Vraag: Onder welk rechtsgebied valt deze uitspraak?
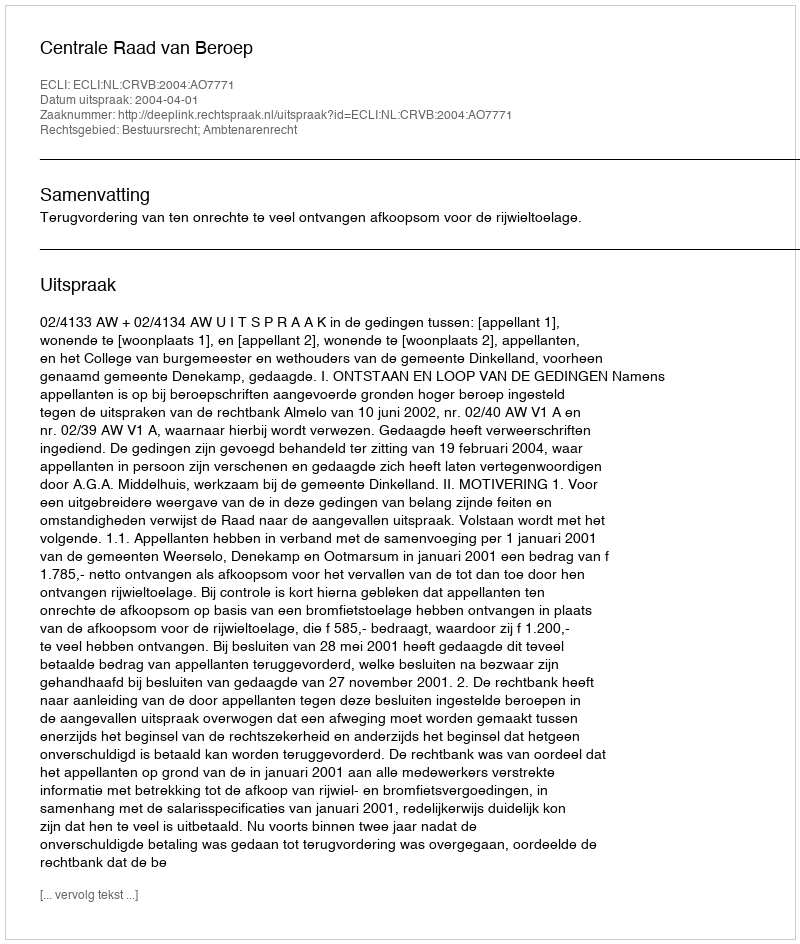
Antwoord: Bestuursrecht; Ambtenarenrecht